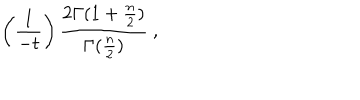
LaTeX: \left( { \frac { 1 } { - t } } \right) { \frac { 2 \Gamma ( 1 + { \frac { n } { 2 } } ) } { \Gamma ( { \frac { n } { 2 } } ) } } ~ ,